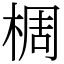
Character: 椆